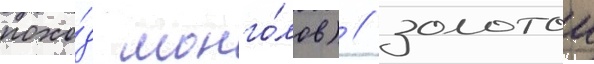
похо́д монго́лов) / золотои